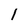
Character: l